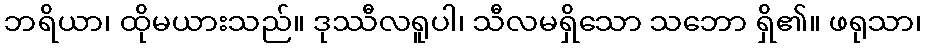
ဘရိယာ၊ ထိုမယားသည်။ ဒုဿီလရူပါ၊ သီလမရှိသော သဘော ရှိ၏။ ဖရုသာ၊